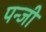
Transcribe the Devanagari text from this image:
पन्जी